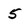
Character: 5